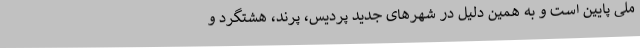
ملی پایین است و به همین دلیل در شهرهای جدید پردیس، پرند، هشتگرد و